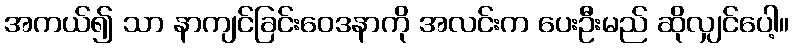
အကယ်၍ သာ နာကျင်ခြင်းဝေဒနာကို အလင်းက ပေးဦးမည် ဆိုလျှင်ပေါ့။